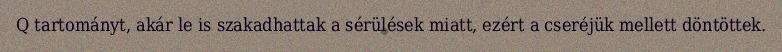
Q tartományt, akár le is szakadhattak a sérülések miatt, ezért a cseréjük mellett döntöttek.